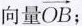
向量\overrightarrow{OB}；